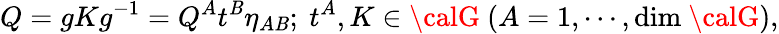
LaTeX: Q=gKg^{-1}=Q^{A}t^{\mathit{B}}\eta_{A\mathit{B}};~t^{A},K\in{\calG}~(A=1,\cdots,\mathrm{{dim}}~{\calG}),